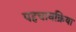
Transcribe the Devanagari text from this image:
पहचानक्रिया